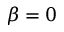
\beta = 0